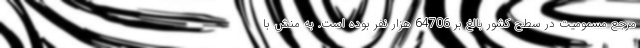
مرجع مسمومیت در سطح کشور بالغ بر 64706 هزار نفر بوده است. به منش با